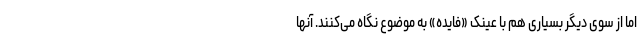
اما از سوی دیگر بسیاری هم با عینک «فایده» به موضوع نگاه می‌کنند. آنها